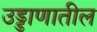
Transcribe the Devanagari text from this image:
उड्डाणातील